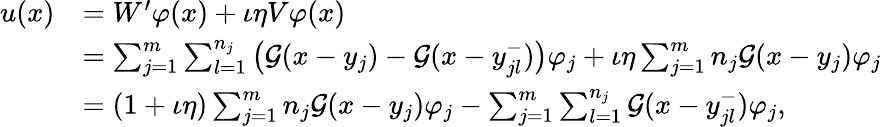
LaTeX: \begin{array}{rl}{u(x)}&{=W^{\prime}\varphi(x)+\iota\eta V\varphi(x)}\\ &{=\sum_{j=1}^{m}\sum_{l=1}^{n_{j}}\big(\mathcal{G}(x-y_{j})-\mathcal{G}(x-y_{jl}^{-})\big)\varphi_{j}+\iota\eta\sum_{j=1}^{m}n_{j}\mathcal{G}(x-y_{j})\varphi_{j}}\\ &{=(1+\iota\eta)\sum_{j=1}^{m}n_{j}\mathcal{G}(x-y_{j})\varphi_{j}-\sum_{j=1}^{m}\sum_{l=1}^{n_{j}}\mathcal{G}(x-y_{jl}^{-})\varphi_{j},}\end{array}